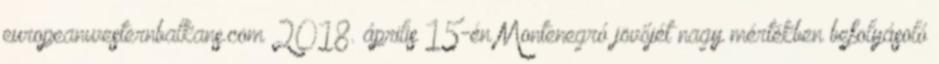
europeanwesternbalkans.com 2018. április 15-én Montenegró jövőjét nagy mértékben befolyásoló